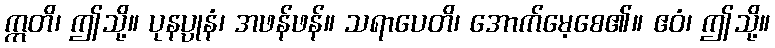
ဣတိ၊ ဤသို့။ ပုနပ္ပုနံ၊ အဖန်ဖန်။ သရာပေတိ၊ အောက်မေ့စေ၏။ ဧဝံ၊ ဤသို့။